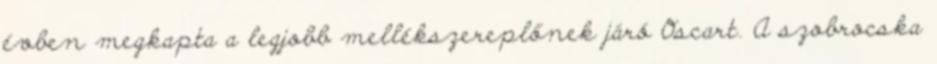
évben megkapta a legjobb mellékszereplőnek járó Oscart. A szobrocska